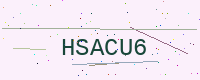
Text: HSACU6